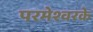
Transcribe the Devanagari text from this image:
परमेश्वरके